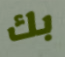
بك